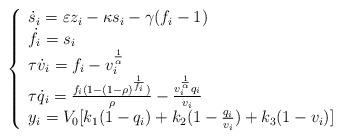
LaTeX: \begin{align*}\left\{\begin{array}{lr}\dot{s}_i=\varepsilon z_i-\kappa s_i-\gamma(f_i-1)\\\dot{f}_i=s_i\\\tau\dot{v}_i=f_i-v_i^{\frac{1}{\alpha}}\\\tau\dot{q}_i=\frac{f_i(1-(1-\rho)^{\frac{1}{f_i}})}{\rho}-\frac{v_i^{\frac{1}{\alpha}}q_i}{v_i}\\y_i=V_0[k_1(1-q_i)+k_2(1-\frac{q_i}{v_i})+k_3(1-v_i)]\\\end{array}\right.\end{align*}